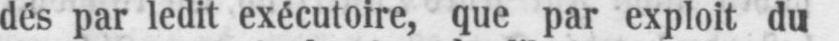
dés par ledit exécutoire, que par exploit du